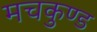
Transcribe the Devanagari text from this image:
मचकुण्ड